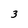
Character: 3